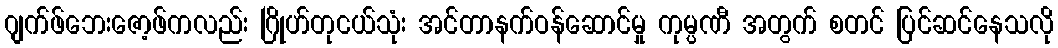
ဂျက်ဖ်ဘေးဇော့ဖ်ကလည်း ဂြိုဟ်တုငယ်သုံး အင်တာနက်ဝန်ဆောင်မှု ကုမ္ပဏီ အတွက် စတင် ပြင်ဆင်နေသလို